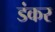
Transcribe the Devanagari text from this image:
डंकर